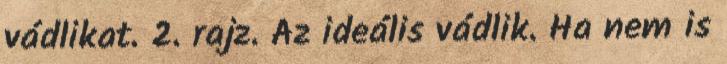
vádlikat. 2. rajz. Az ideális vádlik. Ha nem is